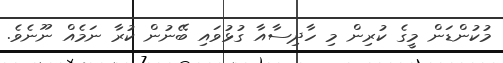
މުކުންޑަން މީގެ ކުރިން މި ހާދިސާއާ ގުޅުވައި ބޭނުން ކުރާ ނަމެއް ނޫނެވެ.